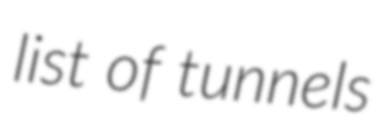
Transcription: list of tunnels